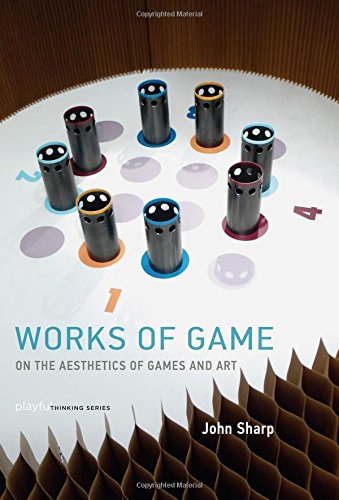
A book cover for Works of Game: On the Aesthetics of Games and Art (Playful Thinking series); John Sharp; Arts & Photography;